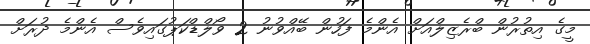
މީގެ އިތުރުން ބްރެޒިލްއަށް އެންމެ ފަހުން ބޭއްވުނު 2 ވޯލްޑްކަޕުގައިވެސް އެންމެ ދުރަށް